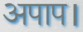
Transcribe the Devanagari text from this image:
अपाप।